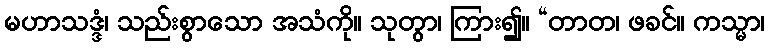
မဟာသဒ္ဒံ၊ သည်းစွာသော အသံကို။ သုတွာ၊ ကြား၍။ “တာတ၊ ဖခင်။ ကသ္မာ၊